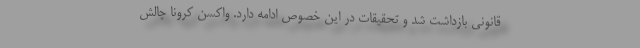
قانونی بازداشت شد و تحقیقات در این خصوص ادامه دارد. واکسن کرونا چالش